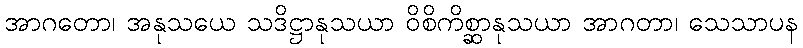
အာဂတော၊ အနုသယေ သဒိဋ္ဌာနုသယာ ဝိစိကိစ္ဆာနုသယာ အာဂတာ၊ သေသာပန